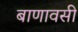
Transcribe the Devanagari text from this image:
बाणावसी